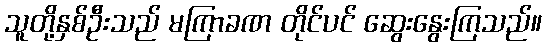
သူတို့နှစ်ဦးသည် မကြာခဏ တိုင်ပင် ဆွေးနွေးကြသည်။